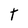
Character: T